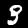
Digit: 3